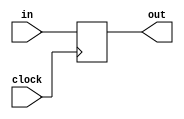
module dflip(clock, in, out);

input		clock;
input 	in;
output 	out;

reg out;

always @ (posedge clock)
begin
	out <= in;
end 

endmodule